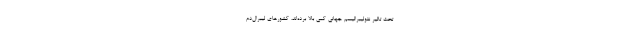
تحت تاثیر نئولیبرالیسم جهانی کمی بالا برده‌اند، کشورهای لیبرال‌دم